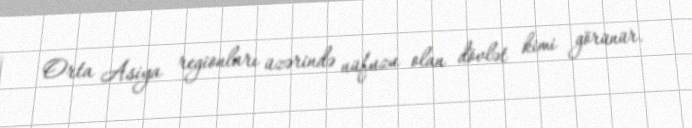
Orta Asiya regionları üzərində nüfuzu olan dövlət kimi görünür.